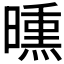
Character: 𣊳